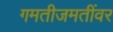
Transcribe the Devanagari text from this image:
गमतीजमतींवर